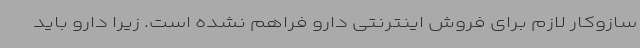
سازوکار لازم برای فروش اینترنتی دارو فراهم‌ نشده است. زیرا دارو باید